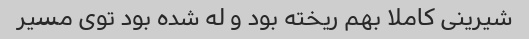
شیرینی کاملا بهم ریخته بود و له شده بود توی مسیر